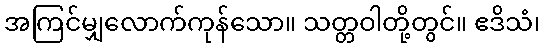
အကြင်မျှလောက်ကုန်သော။ သတ္တဝါတို့တွင်။ ဧဒိသံ၊